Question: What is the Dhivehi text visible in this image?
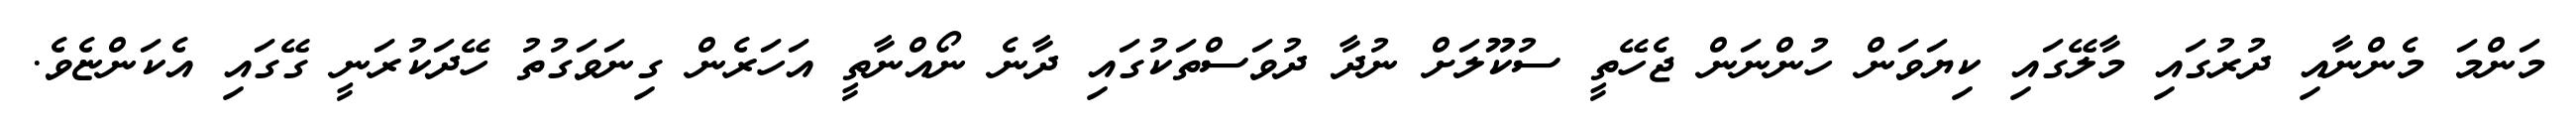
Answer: މަންމަ މެންނާއި ދުރުގައި މާލޭގައި ކިޔަވަން ހުންނަން ޖެހޭތީ ސުކޫލަށް ނުދާ ދުވަސްތަކުގައި ދާނެ ނޯއްނާތީ އަހަރެން ގިނަވަގުތު ހޭދަކުރަނީ ގޭގައި އެކަންޏެވެ.